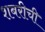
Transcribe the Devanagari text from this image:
शबरीची